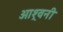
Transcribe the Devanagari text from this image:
आश्र्वनी